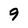
Character: 9